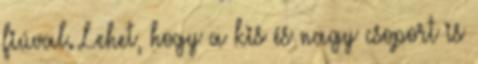
fiúval. Lehet, hogy a kis és nagy csoport is